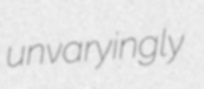
unvaryingly